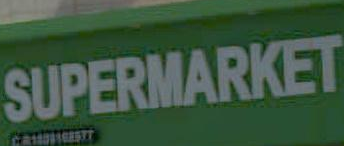
SUPERMARKET